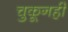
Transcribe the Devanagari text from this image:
चुकूनही